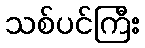
သစ်ပင်ကြီး